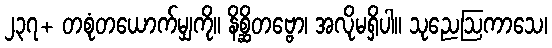
၂၃၇+ တစုံတယောက်မျှကို။ နိစ္ဆိတဗ္ဗော၊ အလိုမရှိပါ။ သုညေဩကာသေ၊